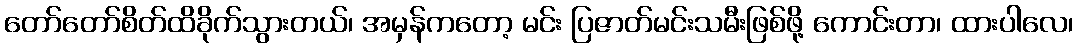
တော်တော်စိတ်ထိခိုက်သွားတယ်၊ အမှန်ကတော့ မင်း ပြဇာတ်မင်းသမီးဖြစ်ဖို့ ကောင်းတာ၊ ထားပါလေ၊